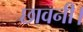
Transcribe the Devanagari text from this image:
छावनी।